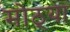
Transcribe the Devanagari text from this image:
मोठ्‍या